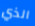
الذي